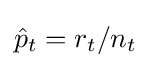
{\hat {p}}_{t}=r_{t}/n_{t}